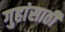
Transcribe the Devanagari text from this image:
गुहांसाठी